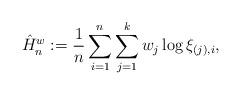
LaTeX: \begin{align*}\hat{H}_n^w := \frac{1}{n} \sum_{i=1}^n \sum_{j=1}^k w_j \log \xi_{(j),i},\end{align*}